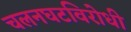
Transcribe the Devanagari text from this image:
चलनघटविरोधी